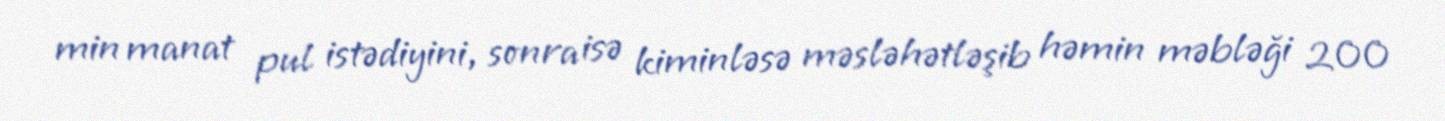
min manat pul istədiyini, sonra isə kiminləsə məsləhətləşib həmin məbləği 200